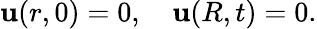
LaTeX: \mathbf{u}(r,0)=0,\quad\mathbf{u}(R,t)=0.